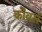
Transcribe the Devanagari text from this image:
कोवर्स